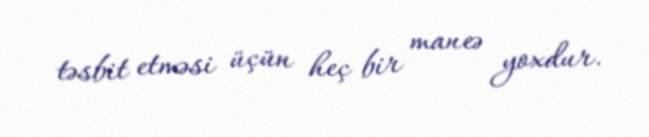
təsbit etməsi üçün heç bir maneə yoxdur.